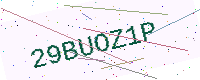
Text: 29BUOZ1P